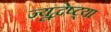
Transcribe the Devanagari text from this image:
ज्यूद्वेष्ट्या